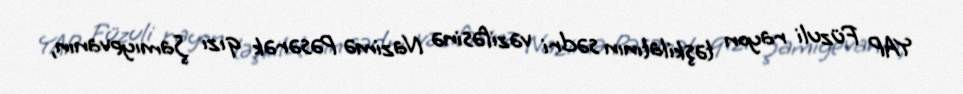
YAP Füzuli rayon təşkilatının sədri vəzifəsinə Nazimə Pəsərək qızı Şamıyevanın,